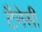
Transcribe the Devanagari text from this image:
टैनेसी